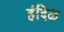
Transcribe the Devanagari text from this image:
हंदिळ